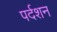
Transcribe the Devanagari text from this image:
पर्दशन